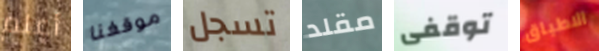
أعلم موقفنا تسجل مقلد توقفى الاطباق